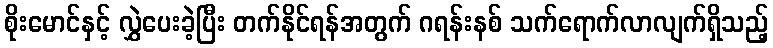
စိုးမောင်နှင့် လွှဲပေးခဲ့ပြီး တက်နိုင်ရန်အတွက် ဂရန်းနစ် သက်ရောက်လာလျက်ရှိသည့်